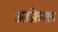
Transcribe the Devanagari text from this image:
आफ्रेक्त